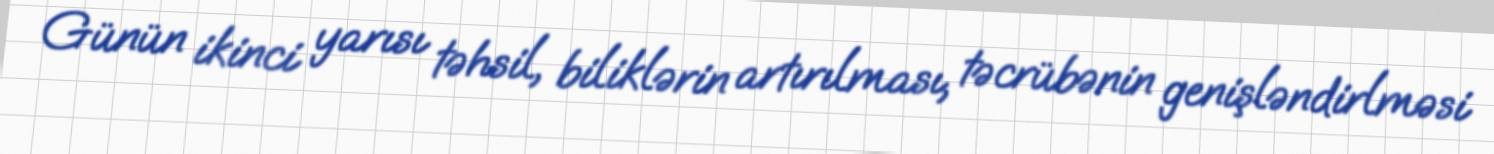
Günün ikinci yarısı təhsil, biliklərin artırılması, təcrübənin genişləndirlməsi